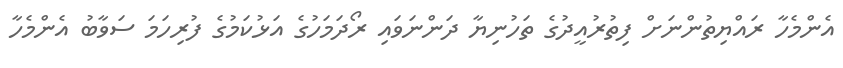
އެންމެހާ ރައްޔިތުންނަށް ފިތުރުއީދުގެ ތަހުނިޔާ ދަންނަވައި ރޯދަމަހުގެ އަޅުކަމުގެ ފުރިހަމަ ސަވާބު އެންމެހާ